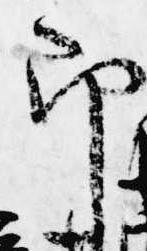
即